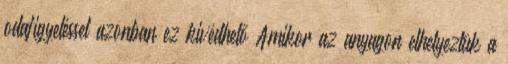
odafigyeléssel azonban ez kivédhető Amikor az anyagon elhelyeztük a